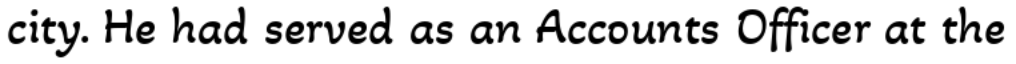
city. He had served as an Accounts Officer at the